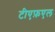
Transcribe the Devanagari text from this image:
टीएफ़एल